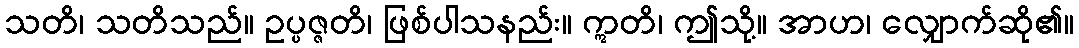
သတိ၊ သတိသည်။ ဥပ္ပဇ္ဇတိ၊ ဖြစ်ပါသနည်း။ ဣတိ၊ ဤသို့။ အာဟ၊ လျှောက်ဆို၏။